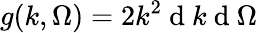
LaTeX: g(k,\Omega)=2k^{2}\mathrm{~d~}k\mathrm{~d~}\Omega